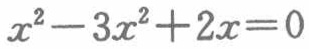
$x^{2}-3x^{2}+2x = 0$